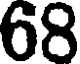
68